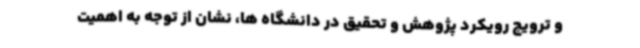
و ترویج رویکرد پژوهش و تحقیق در دانشگاه ها، نشان از توجه به اهمیت